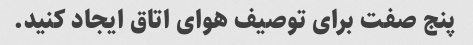
پنج صفت برای توصیف هوای اتاق ایجاد کنید.